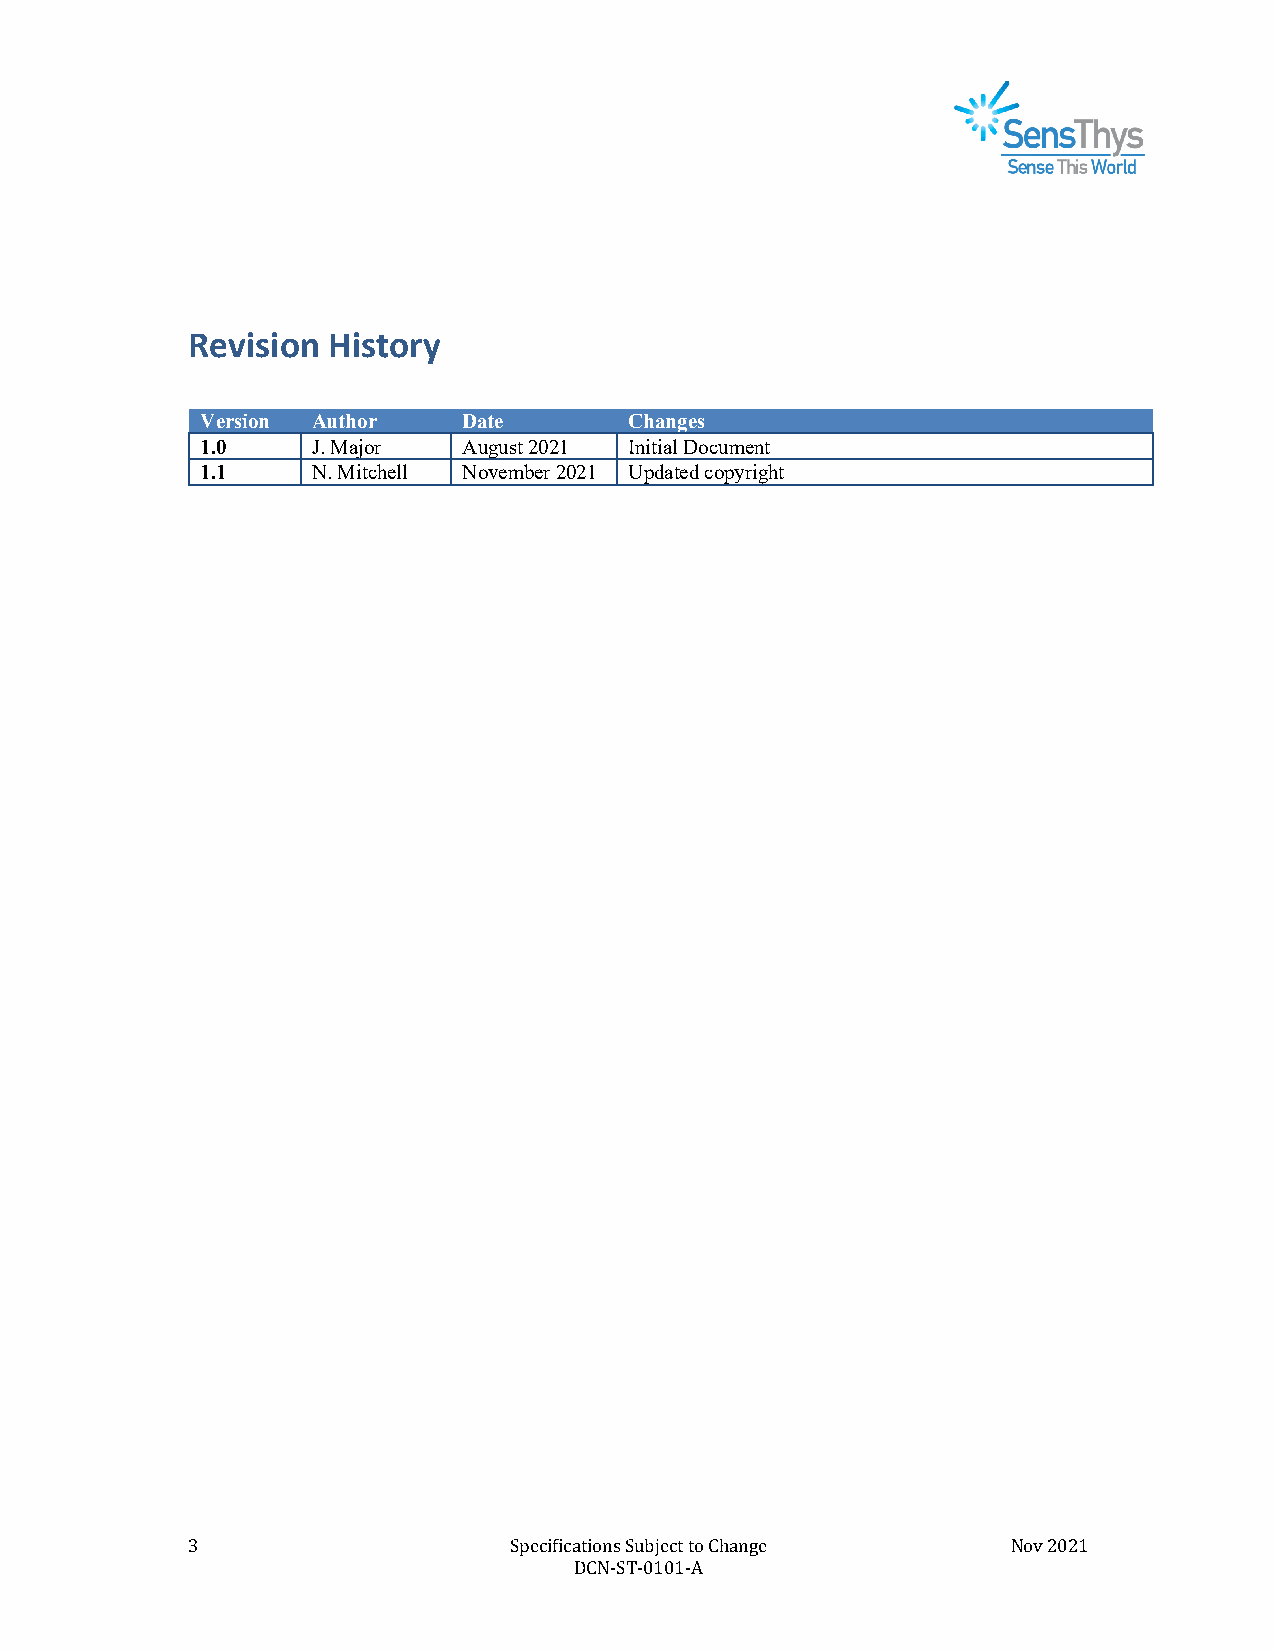
Revision  History
 Version Author    Date       Changes
 1.0     J. Major  August 2021 Initial Document
 1.1     N. Mitchell November 2021 Updated copyright
 3                     Specifications Subject to Change Nov 2021
 DCN-ST-0101-A